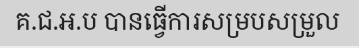
គ.ជ.អ.ប បានធ្វើការសម្របសម្រួល